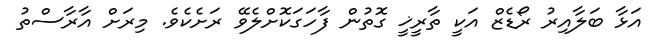
އަޅާ ބަލާއިރު ރޯޑެޒް އަކީ ތާރީޚީ ގޮތުން ފާހަގަކޮށްލެވޭ ރަށެކެވެ. މިރަށް އާރާސްތު